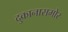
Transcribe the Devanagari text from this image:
दुकानासमोर